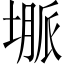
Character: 𱗦